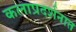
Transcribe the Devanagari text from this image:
कलाप्रदर्शनात